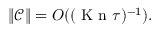
\| \mathcal C \| = O ( ( \ensuremath { \mathrm { ~ K ~ n ~ } } \tau ) ^ { - 1 } ) .